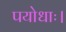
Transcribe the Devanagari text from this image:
पयोधाः।